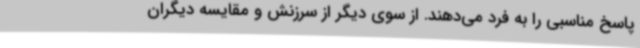
پاسخ مناسبی را به فرد می‌دهند. از سوی دیگر از سرزنش و مقایسه دیگران